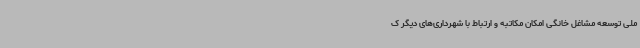
ملی توسعه مشاغل خانگی امکان مکاتبه و ارتباط با شهرداری‌های دیگر ک